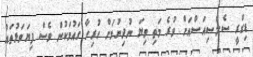
ޑިގްރީ ސެލްސިއަސްއަށް ވުރެ މަތި ވިޔަ ނުދިނުމަށް ހުރިހާ ގައުމަކުން ވެސް ފިޔަވަޅުތައް